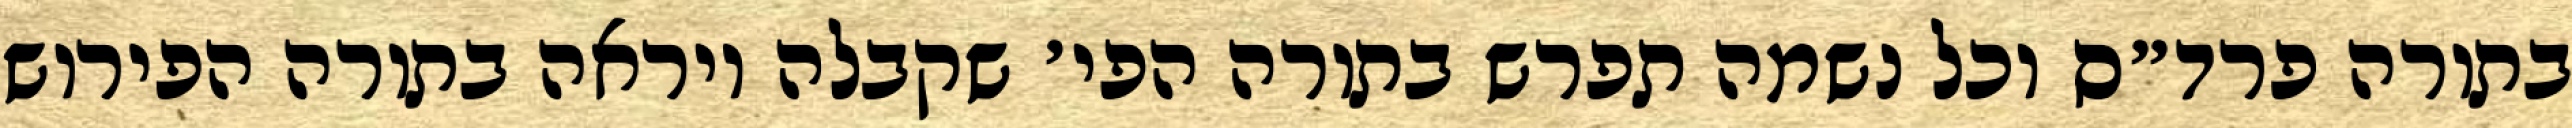
בתורה פרד״ס וכל נשמה תפרש בתורה הפי׳ שקבלה ויראה בתורה הפירוש